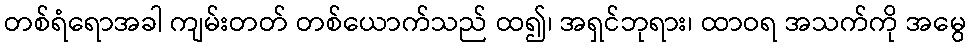
တစ်ရံရောအခါ ကျမ်းတတ် တစ်ယောက်သည် ထ၍၊ အရှင်ဘုရား၊ ထာဝရ အသက်ကို အမွေ